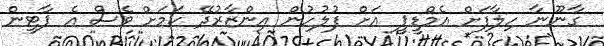
ގާނޫނާ ހިލާފަށް އެމްޑީޕީ އަށް ފުލުހުން އިންޒާރުދޭ ކަމަށް ވެސް އެ ޕާޓީން